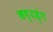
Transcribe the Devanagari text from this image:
ऋष्यश्रृंग